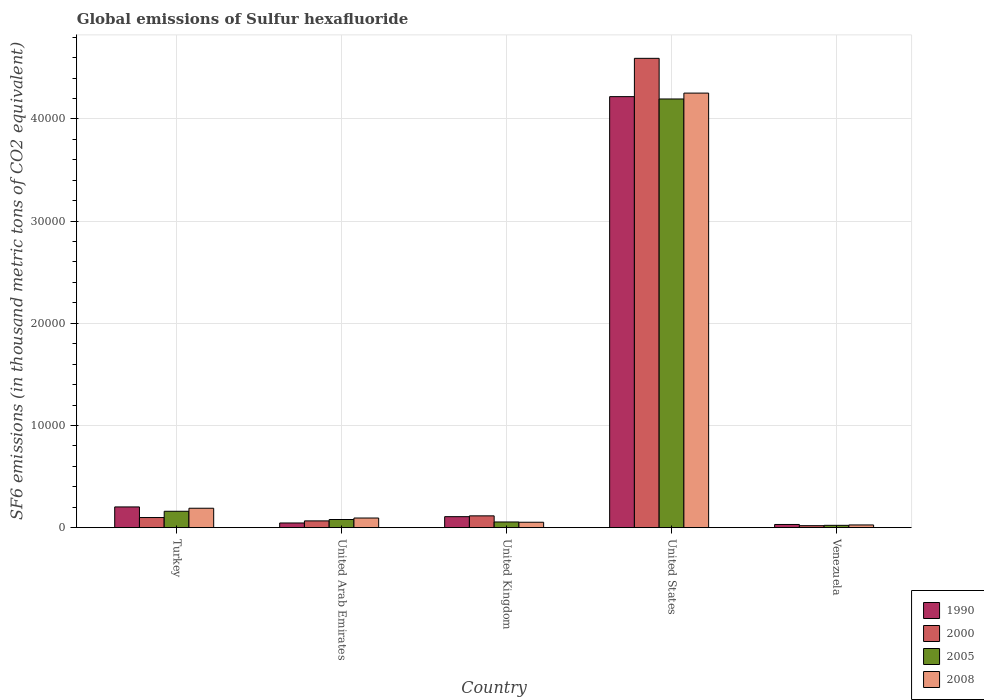
| Country | 1990 | 2000 | 2005 | 2008 |
 | --- | --- | --- | --- | --- |
 | Turkey | 2.03e+03 | 989 | 1.6e+03 | 1.9e+03 |
 | United Arab Emirates | 456 | 660 | 796 | 941 |
 | United Kingdom | 1.07e+03 | 1.15e+03 | 554 | 529 |
 | United States | 4.22e+04 | 4.59e+04 | 4.2e+04 | 4.25e+04 |
 | Venezuela | 310 | 191 | 225 | 263 |